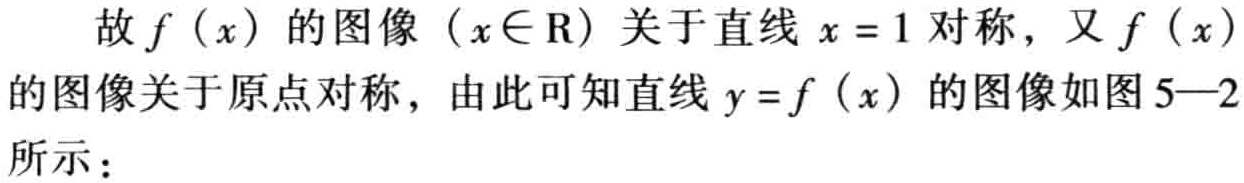
故\(f(x)\)的图像（\(x\in \mathrm{R}\)）关于直线\(x = 1\)对称，又\(f(x)\)的图像关于原点对称，由此可知直线\(y = f(x)\)的图像如图5—2所示：